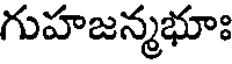
గుహజన్మభూః